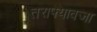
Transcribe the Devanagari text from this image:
तराफ्यावजा